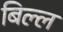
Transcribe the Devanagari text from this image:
बिल्ल